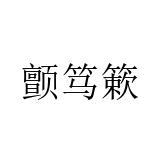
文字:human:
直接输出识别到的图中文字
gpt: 颤笃簌